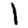
Digit: 1